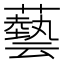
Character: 藝